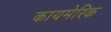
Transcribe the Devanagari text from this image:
कायमेरिक